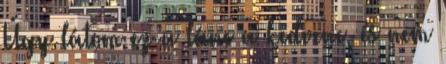
Úgy látom ez a lánc a kedvenc, és nem